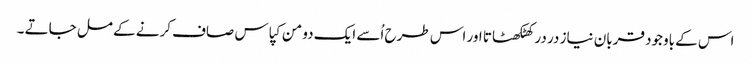
اس کے باوجود قربان نیاز در در کھٹکھٹاتا اور اس طرح اُسے ایک دو من کپاس صاف کرنے کے مل جاتے ۔